Civil Veterinary Dept. Bombay admin report 1893-99 - 1893-1899
Year: 1893
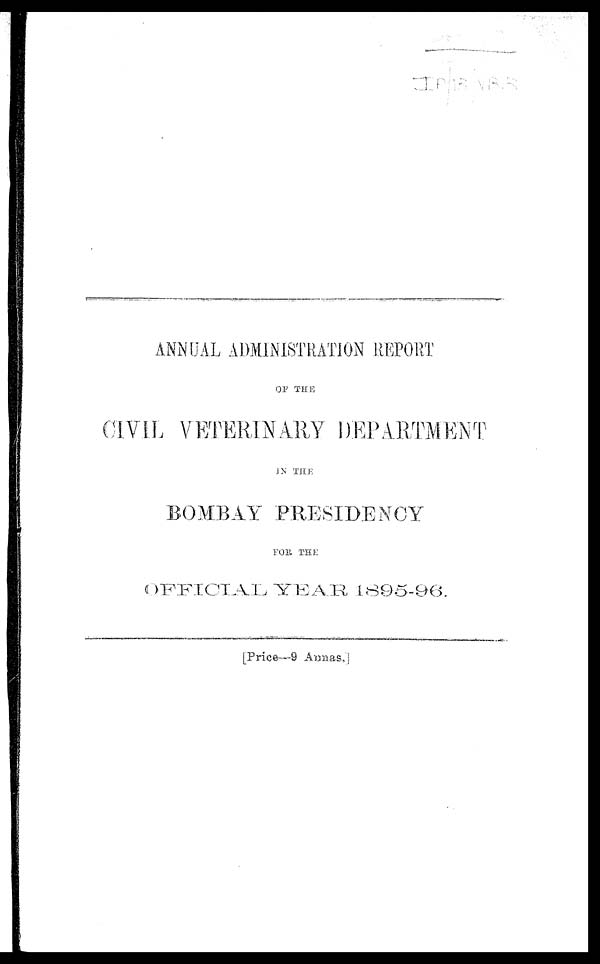
ANNUAL ADMINISTRATION REPORT
OF THE
CIVIL VETERINARY DEPARTMENT
IN THE
BOMBAY PRESIDENCY
FOR THE
OFFICIAL YEAR 1895-96.
[Price—9 Annas.]